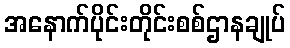
အနောက်ပိုင်းတိုင်းစစ်ဌာနချုပ်